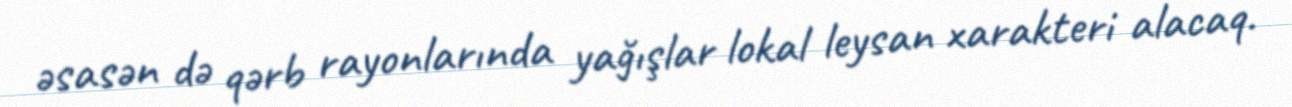
əsasən də qərb rayonlarında yağışlar lokal leysan xarakteri alacaq.